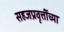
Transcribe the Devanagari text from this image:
सहजप्रवृत्तींच्या